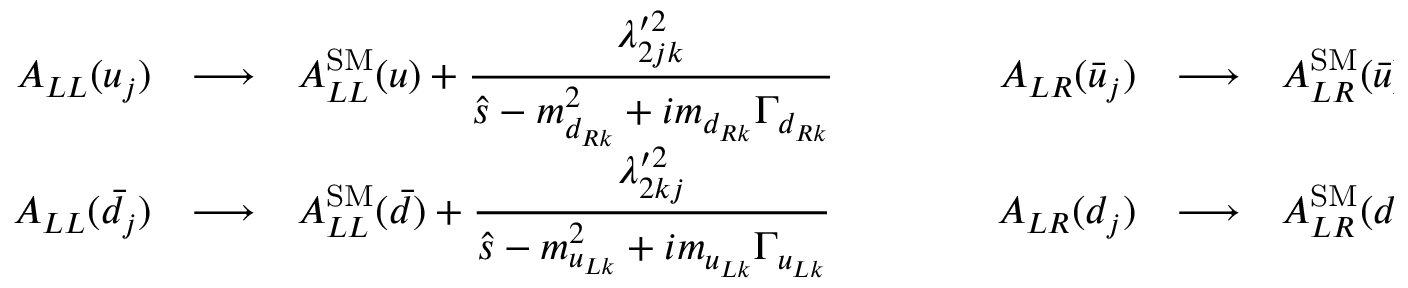
\begin{array} { r c l c r c l } { { A _ { L L } ( u _ { j } ) } } & { { \longrightarrow } } & { { \displaystyle A _ { L L } ^ { \mathrm { S M } } ( u ) + \frac { \lambda _ { 2 j k } ^ { \prime 2 } } { \hat { s } - m _ { d _ { R k } } ^ { 2 } + i m _ { d _ { R k } } \Gamma _ { d _ { R k } } } } } & { { \qquad } } & { { A _ { L R } ( \bar { u } _ { j } ) } } & { { \longrightarrow } } & { { \displaystyle A _ { L R } ^ { \mathrm { S M } } ( \bar { u } ) + \frac { \lambda _ { 2 j k } ^ { \prime 2 } } { \hat { u } - m _ { d _ { R k } } ^ { 2 } } } } \\ { { A _ { L L } ( \bar { d } _ { j } ) } } & { { \longrightarrow } } & { { \displaystyle A _ { L L } ^ { \mathrm { S M } } ( \bar { d } ) + \frac { \lambda _ { 2 k j } ^ { \prime 2 } } { \hat { s } - m _ { u _ { L k } } ^ { 2 } + i m _ { u _ { L k } } \Gamma _ { u _ { L k } } } } } & { { \qquad } } & { { A _ { L R } ( d _ { j } ) } } & { { \longrightarrow } } & { { \displaystyle A _ { L R } ^ { \mathrm { S M } } ( d ) + \frac { \lambda _ { 2 k j } ^ { \prime 2 } } { \hat { u } - m _ { u _ { L k } } ^ { 2 } } } } \end{array} \; ,